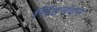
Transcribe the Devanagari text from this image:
सिंहनंदन